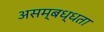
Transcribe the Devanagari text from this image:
असम्बध्धता